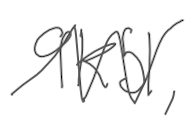
Text: 9K51,
Cross-out: zig-zag
Writing tool: digital_gray